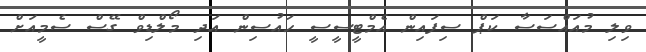
ވިލި މުއައްސަސާ ކަޕް ސިފައިން އެމްޓީސީސީ ހައުސިން އަދި މޯލްޑިވް ގޭސް ސެމީއަށް